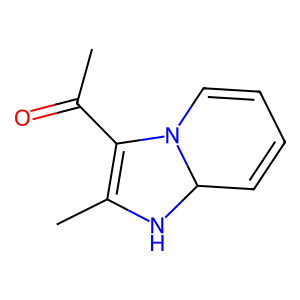
SMILES: CC(=O)C1=C(C)NC2C=CC=CN12
Inhibits HIV replication: No